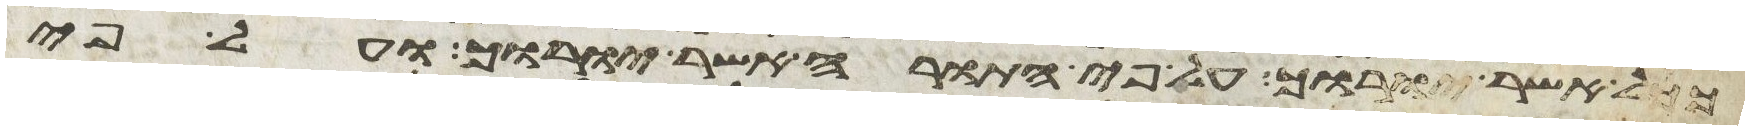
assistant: ככל אשר יורוך על פי התורה אשר יורוך ועל פי